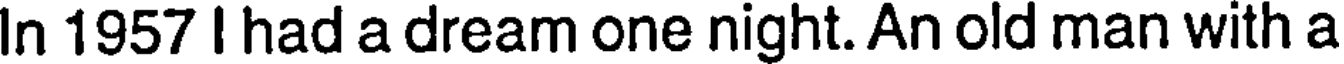
In 1957 I had a dream one night. An old man with a